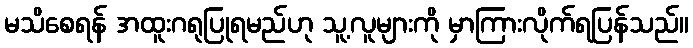
မသိစေရန် အထူးဂရုပြုရမည်ဟု သူ့လူများကို မှာကြားလိုက်ရပြန်သည်။